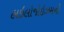
હાઇલોજોઇઝમનો